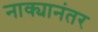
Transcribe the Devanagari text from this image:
नाक्यानंतर